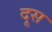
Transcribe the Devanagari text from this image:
दूस